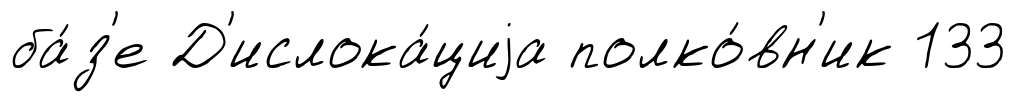
ба́з'е Д'ислока́циjа полко́вн'ик 133